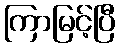
ကြာမြင့်ပြီ